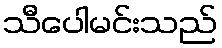
သီပေါမင်းသည်